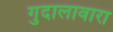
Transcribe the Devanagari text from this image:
गुदालावारा